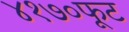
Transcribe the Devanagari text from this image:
४१७०फूट